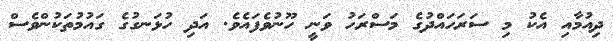
ދިއުމާއި އެކު މި ސަރަހައްދުގެ މަސްރަހު ވަނީ ހޫނުވެފައެވެ. އަދި ހުޅަނގުގެ ގައުމުތަކުންވެސް